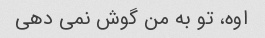
اوه، تو به من گوش نمی دهی